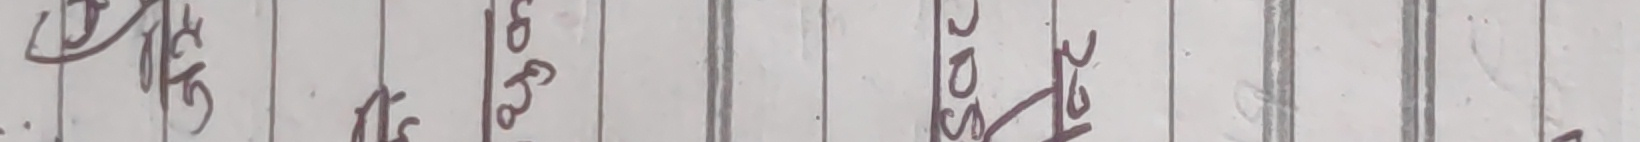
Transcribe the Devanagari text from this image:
ओठ